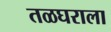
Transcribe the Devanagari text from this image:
तळघराला